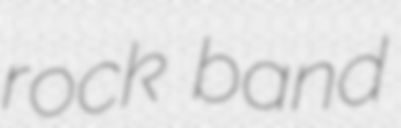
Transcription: rock band